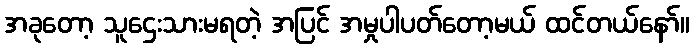
အခုတော့ သူဌေးသားမရတဲ့ အပြင် အမှုပါပတ်တော့မယ် ထင်တယ်နော်။